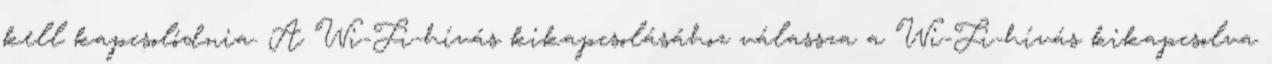
kell kapcsolódnia. A Wi-Fi-hívás kikapcsolásához válassza a Wi-Fi-hívás kikapcsolva